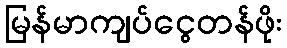
မြန်မာကျပ်ငွေတန်ဖိုး